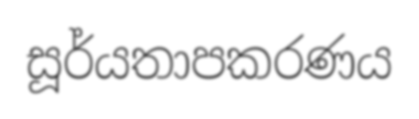
සූර්යතාපකරණය